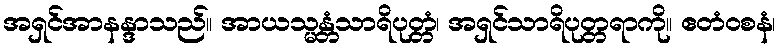
အရှင်အာနန္ဒာသည်။ အာယသ္မန္တံသာရိပုတ္တံ၊ အရှင်သာရိပုတ္တရာကို။ ဧတံဝစနံ၊